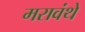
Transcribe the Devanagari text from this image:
मरावंथे